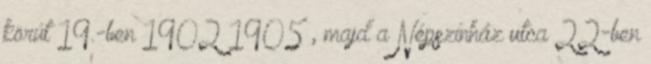
körút 19.-ben 1902–1905 , majd a Népszínház utca 22-ben